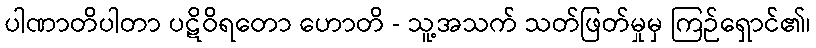
ပါဏာတိပါတာ ပဋိဝိရတော ဟောတိ - သူ့အသက် သတ်ဖြတ်မှုမှ ကြဉ်ရှောင်၏၊